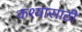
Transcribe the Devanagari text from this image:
कश्यासाठी